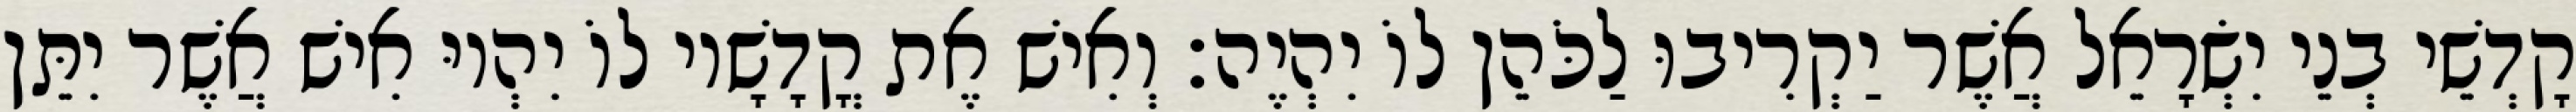
קָדְשֵׁי בְנֵי יִשְׂרָאֵל אֲשֶׁר יַקְרִיבוּ לַכֹּהֵן לוֹ יִהְיֶה׃ וְאִישׁ אֶת קֳדָשָׁיו לוֹ יִהְיוּ אִישׁ אֲשֶׁר יִתֵּן